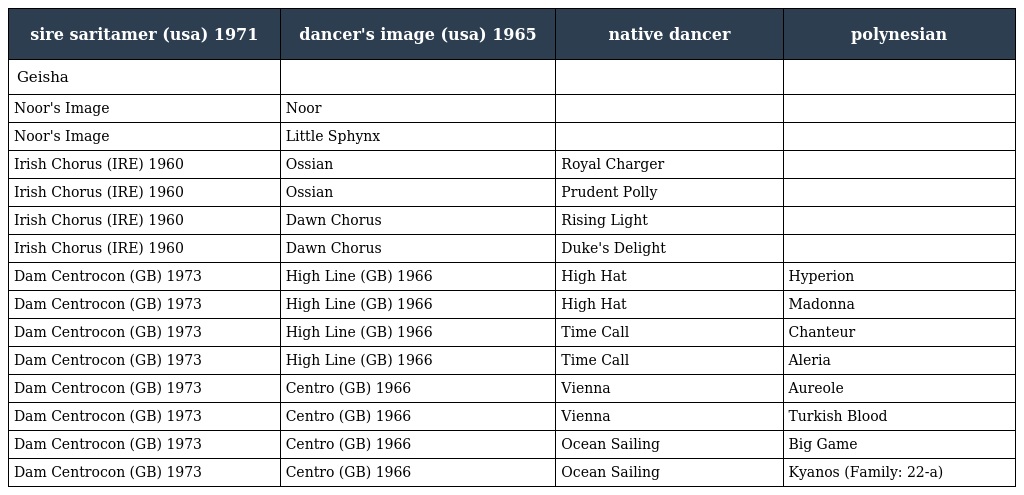
| sire saritamer (usa) 1971 | dancer's image (usa) 1965 | native dancer | polynesian |
 | --- | --- | --- | --- |
 | Geisha |  |  |  |
 | Noor's Image | Noor |  |  |
 | Noor's Image | Little Sphynx |  |  |
 | Irish Chorus (IRE) 1960 | Ossian | Royal Charger |  |
 | Irish Chorus (IRE) 1960 | Ossian | Prudent Polly |  |
 | Irish Chorus (IRE) 1960 | Dawn Chorus | Rising Light |  |
 | Irish Chorus (IRE) 1960 | Dawn Chorus | Duke's Delight |  |
 | Dam Centrocon (GB) 1973 | High Line (GB) 1966 | High Hat | Hyperion |
 | Dam Centrocon (GB) 1973 | High Line (GB) 1966 | High Hat | Madonna |
 | Dam Centrocon (GB) 1973 | High Line (GB) 1966 | Time Call | Chanteur |
 | Dam Centrocon (GB) 1973 | High Line (GB) 1966 | Time Call | Aleria |
 | Dam Centrocon (GB) 1973 | Centro (GB) 1966 | Vienna | Aureole |
 | Dam Centrocon (GB) 1973 | Centro (GB) 1966 | Vienna | Turkish Blood |
 | Dam Centrocon (GB) 1973 | Centro (GB) 1966 | Ocean Sailing | Big Game |
 | Dam Centrocon (GB) 1973 | Centro (GB) 1966 | Ocean Sailing | Kyanos (Family: 22-a) |